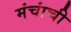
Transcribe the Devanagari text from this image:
मंचांची